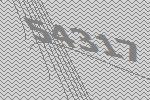
54317